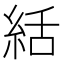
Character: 絬